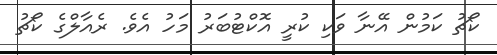
ކޯޗު ކަމުން އޭނާ ވަކި ކުރީ އޮކްޓުބަރު މަހު އެވެ. ރެއާލްގެ ކޯޗު